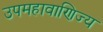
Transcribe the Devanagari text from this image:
उपमहावाणिज्य